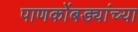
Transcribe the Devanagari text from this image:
पाणकोंबड्यांच्या